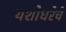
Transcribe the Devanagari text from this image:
यशोधरेचे